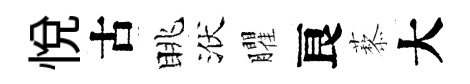
悦古眺洑臞良藜大